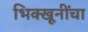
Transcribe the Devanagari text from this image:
भिक्खूनींचा